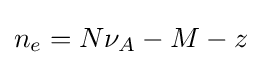
n_{e}=N\nu _{A}-M-z